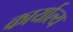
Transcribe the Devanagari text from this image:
कार्याल्य